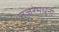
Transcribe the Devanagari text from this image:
नजरेमधुनी